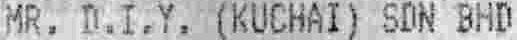
MR. D.I.Y. (KUCHAI) SDN BHD